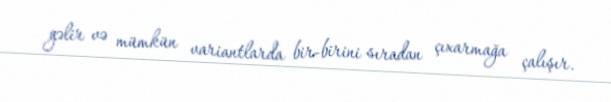
gəlir və mümkün variantlarda bir-birini sıradan çıxarmağa çalışır.